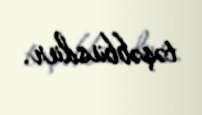
təşəbbüsdür.